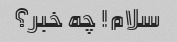
سلام! چه خبر؟